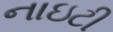
નાઇટી